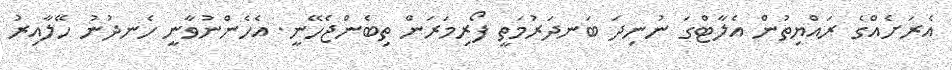
އެރަށެއްގެ ރައްޔިތުން އެލާޓްގަ ނުނިދަ ބަނދަރުމަތީ ފޯރިމަރަން ތިބެންޖެހޭނީ. އެހެންނުވާނީ ހެނދުނު ހޭލާއިރު